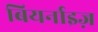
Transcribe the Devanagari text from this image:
बियर्नाइज़